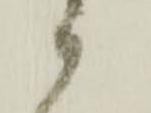
ハ